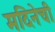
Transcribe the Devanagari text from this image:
मदिनेची